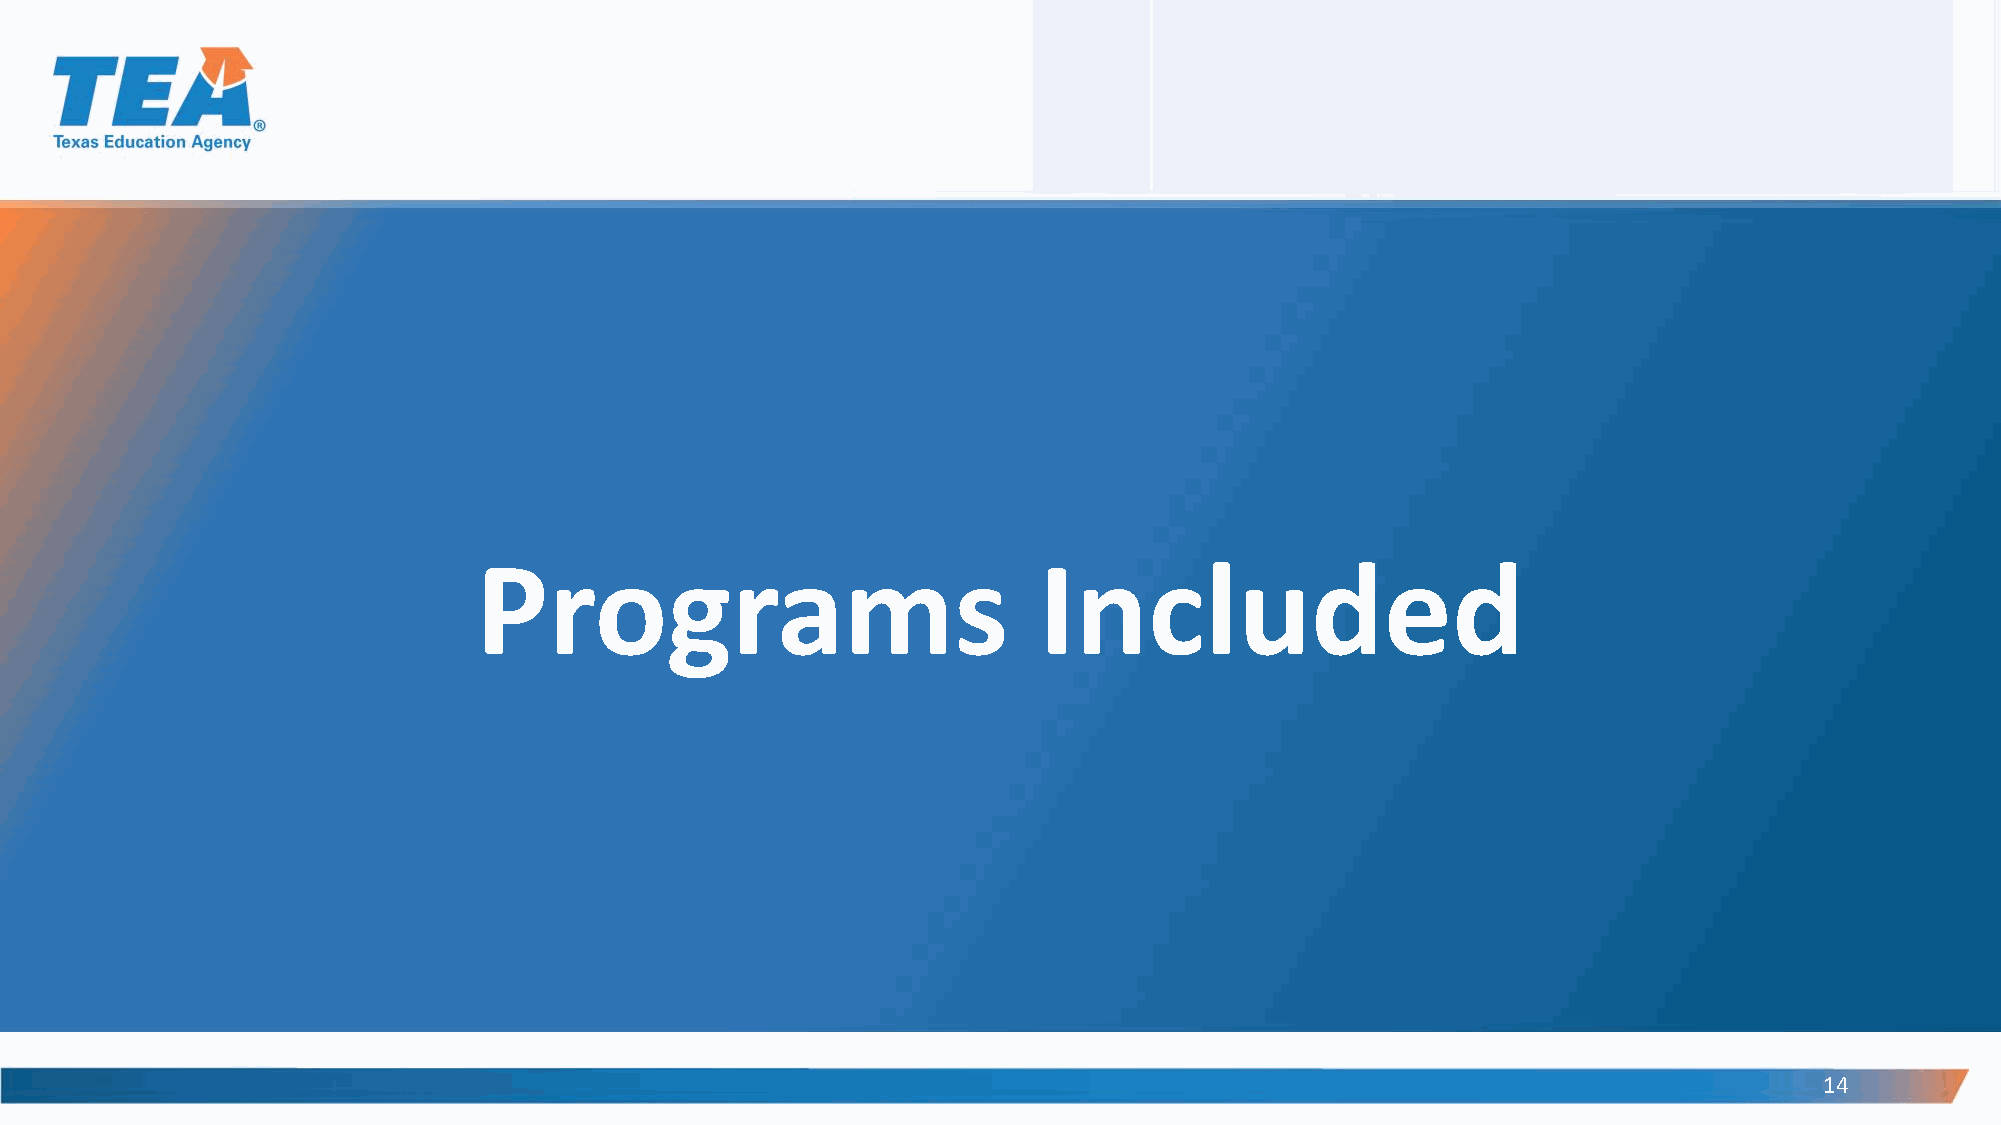
Programs                             Included
 14